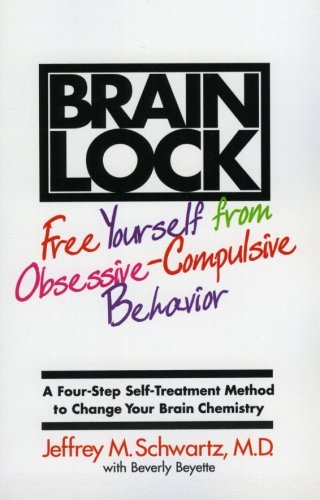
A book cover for Brain Lock: Free Yourself from Obsessive-Compulsive Behavior; Jeffrey M. Schwartz; Health, Fitness & Dieting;